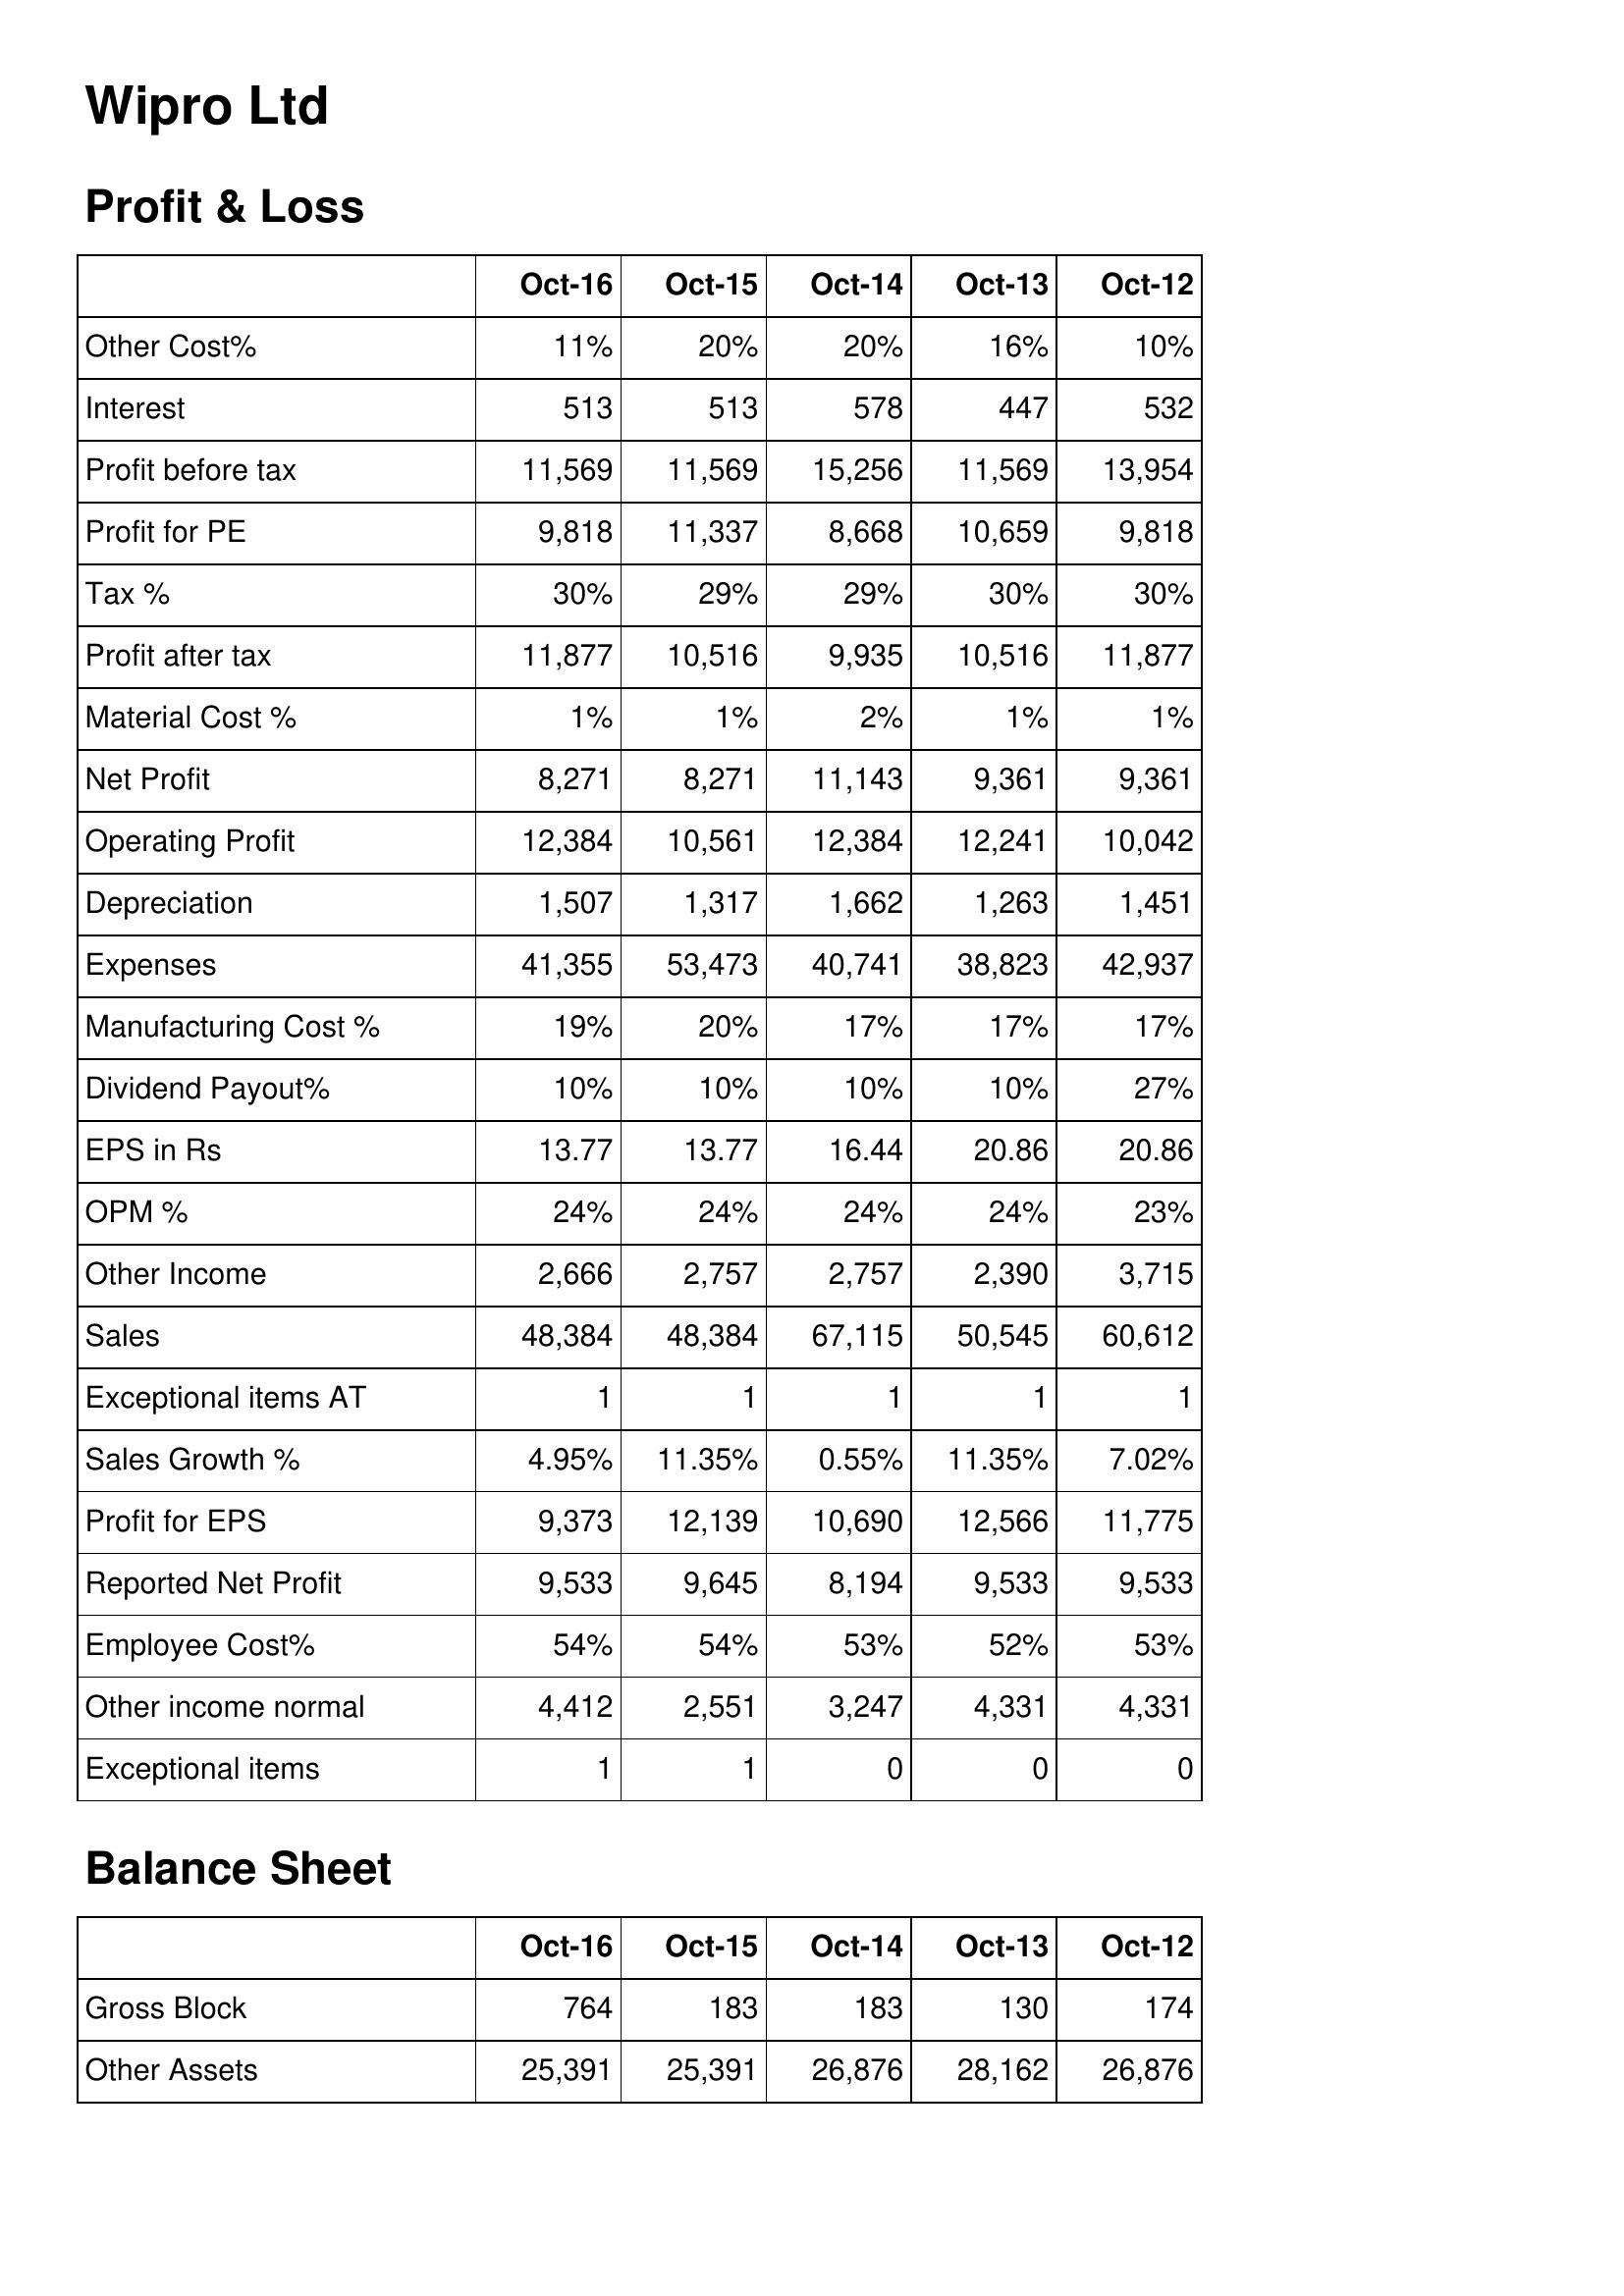
Oct-16: Profit & Loss: Other Cost%: 11%
Interest: 513
Profit before tax: 11,569
Profit for PE: 9,818
Tax %: 30%
Profit after tax: 11,877
Material Cost %: 1%
Net Profit: 8,271
Operating Profit: 12,384
Depreciation: 1,507
Expenses: 41,355
Manufacturing Cost %: 19%
Dividend Payout%: 10%
EPS in Rs: 13.77
OPM %: 24%
Other Income: 2,666
Sales: 48,384
Exceptional items AT: 1
Sales Growth %: 4.95%
Profit for EPS: 9,373
Reported Net Profit: 9,533
Employee Cost%: 54%
Other income normal: 4,412
Exceptional items: 1
Balance Sheet: Gross Block: 764
Other Assets: 25,391
Oct-15: Profit & Loss: Other Cost%: 20%
Interest: 513
Profit before tax: 11,569
Profit for PE: 11,337
Tax %: 29%
Profit after tax: 10,516
Material Cost %: 1%
Net Profit: 8,271
Operating Profit: 10,561
Depreciation: 1,317
Expenses: 53,473
Manufacturing Cost %: 20%
Dividend Payout%: 10%
EPS in Rs: 13.77
OPM %: 24%
Other Income: 2,757
Sales: 48,384
Exceptional items AT: 1
Sales Growth %: 11.35%
Profit for EPS: 12,139
Reported Net Profit: 9,645
Employee Cost%: 54%
Other income normal: 2,551
Exceptional items: 1
Balance Sheet: Gross Block: 183
Other Assets: 25,391
Oct-14: Profit & Loss: Other Cost%: 20%
Interest: 578
Profit before tax: 15,256
Profit for PE: 8,668
Tax %: 29%
Profit after tax: 9,935
Material Cost %: 2%
Net Profit: 11,143
Operating Profit: 12,384
Depreciation: 1,662
Expenses: 40,741
Manufacturing Cost %: 17%
Dividend Payout%: 10%
EPS in Rs: 16.44
OPM %: 24%
Other Income: 2,757
Sales: 67,115
Exceptional items AT: 1
Sales Growth %: 0.55%
Profit for EPS: 10,690
Reported Net Profit: 8,194
Employee Cost%: 53%
Other income normal: 3,247
Exceptional items: 0
Balance Sheet: Gross Block: 183
Other Assets: 26,876
Oct-13: Profit & Loss: Other Cost%: 16%
Interest: 447
Profit before tax: 11,569
Profit for PE: 10,659
Tax %: 30%
Profit after tax: 10,516
Material Cost %: 1%
Net Profit: 9,361
Operating Profit: 12,241
Depreciation: 1,263
Expenses: 38,823
Manufacturing Cost %: 17%
Dividend Payout%: 10%
EPS in Rs: 20.86
OPM %: 24%
Other Income: 2,390
Sales: 50,545
Exceptional items AT: 1
Sales Growth %: 11.35%
Profit for EPS: 12,566
Reported Net Profit: 9,533
Employee Cost%: 52%
Other income normal: 4,331
Exceptional items: 0
Balance Sheet: Gross Block: 130
Other Assets: 28,162
Oct-12: Profit & Loss: Other Cost%: 10%
Interest: 532
Profit before tax: 13,954
Profit for PE: 9,818
Tax %: 30%
Profit after tax: 11,877
Material Cost %: 1%
Net Profit: 9,361
Operating Profit: 10,042
Depreciation: 1,451
Expenses: 42,937
Manufacturing Cost %: 17%
Dividend Payout%: 27%
EPS in Rs: 20.86
OPM %: 23%
Other Income: 3,715
Sales: 60,612
Exceptional items AT: 1
Sales Growth %: 7.02%
Profit for EPS: 11,775
Reported Net Profit: 9,533
Employee Cost%: 53%
Other income normal: 4,331
Exceptional items: 0
Balance Sheet: Gross Block: 174
Other Assets: 26,876